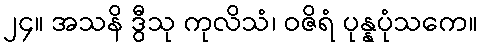
၂၄။ အသနိ ဒွီသု ကုလိသံ၊ ဝဇိရံ ပုန္နပုံသကေ။